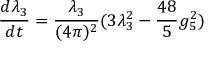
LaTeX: \frac { d \lambda _ { 3 } } { d t } = \frac { \lambda _ { 3 } } { ( 4 \pi ) ^ { 2 } } ( 3 \lambda _ { 3 } ^ { 2 } - \frac { 4 8 } { 5 } g _ { 5 } ^ { 2 } )